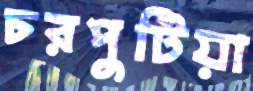
চরপুটিয়া